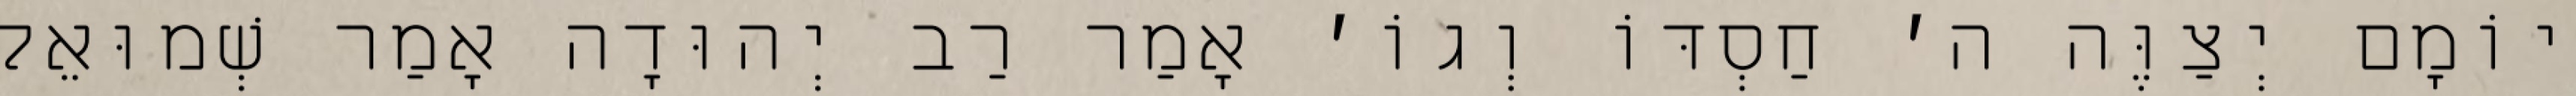
יוֹמָם יְצַוֶּה ה׳ חַסְדּוֹ וְגוֹ׳ אָמַר רַב יְהוּדָה אָמַר שְׁמוּאֵל